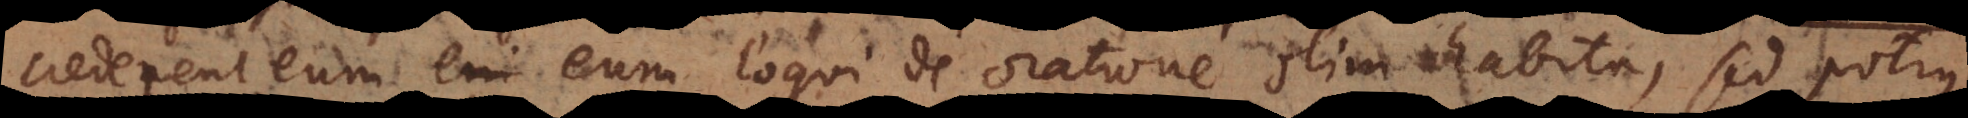
crederent eum loqui de oratione olim habita, sed potius